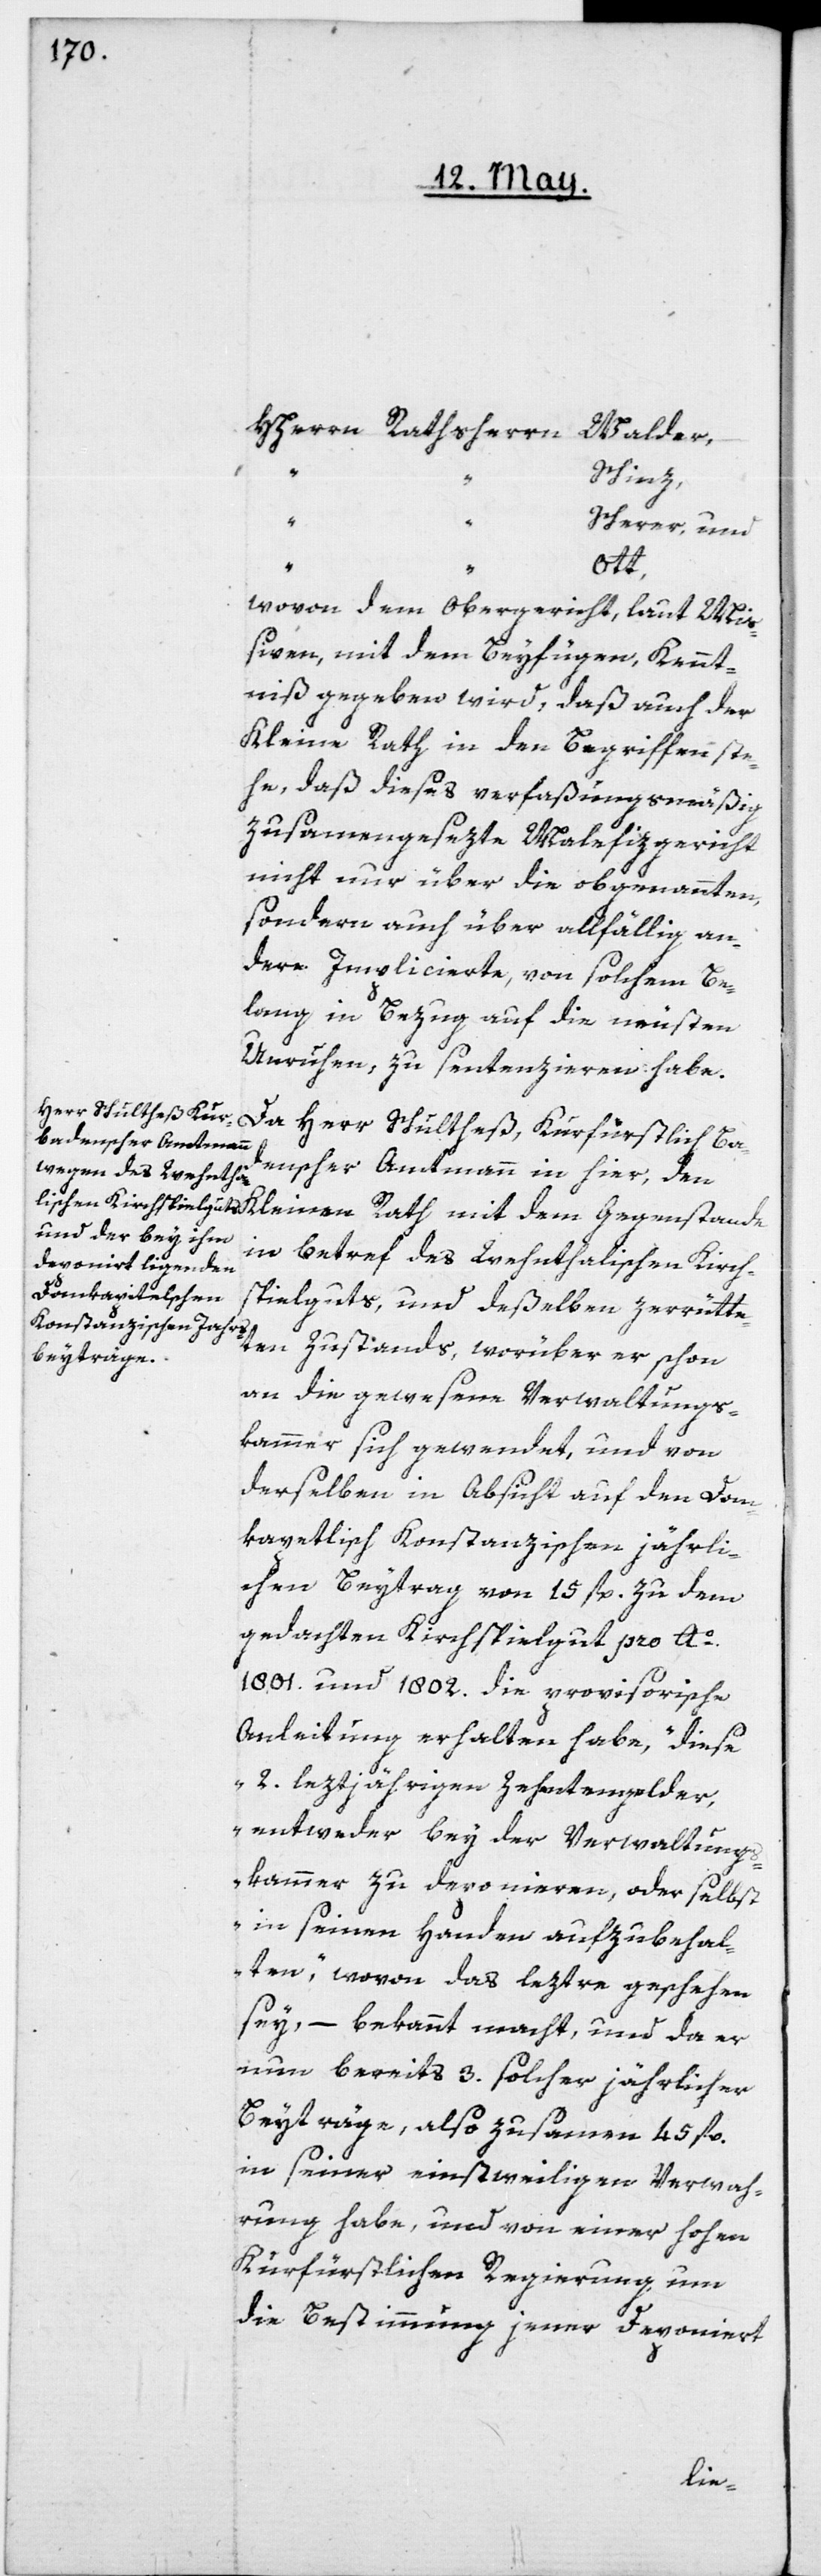
HHerrn Rathsherrn Walder,
Schinz,
“
Scherer und
Ott,
wovon dem Obergericht, laut Mi¬
ßiven, mit dem Beyfügen, Kennt¬
niß gegeben wird, daß auch der
Kleine Rath in den Begriffen ste¬
he, daß dieses verfaßungsmäßig
zusammengesezte Malefizgericht
nicht nur über die obgenannten,
sondern auch über allfällig an¬
dere Implicierte, von solchem Be¬
lang in Bezug auf die neusten
Unruhen, zu sentenzieren habe.
Da Herr Schultheß, Kurfürstlich Ba¬
denscher Amtmann in hier, den
in betref des Wehnthalischen Kirch¬
spielguts, und deßelben zerrütte¬
ten Zustands, worüber er schon
an die gewesene Verwaltungs¬
kammer sich gewendet, und von
derselben in Absicht auf den Dom¬
kapetlisch Konstanzischen jährli¬
chen Beytrag von 15 fl. zu dem
gedachten Kirchspielgut pro Ao
1801. und 1802. die provisorische
Anleitung erhalten habe, „diese
2. leztjährigen Zehntengelder,
entweder bey der Verwaltung¬
skammer zu deponieren, oder selbst
in seinen Handen aufzubehal¬
ten“, wovon das leztre geschehen
sey, – bekannt macht, und da er
nun bereits 3. solcher jährlicher
Beyträge, also zusammen 45 fl.
in seiner einstweiligen Verwah¬
rung habe, und von einer hohen
Kurfürstlichen Regierung um
die Bestimmung jener deponiert